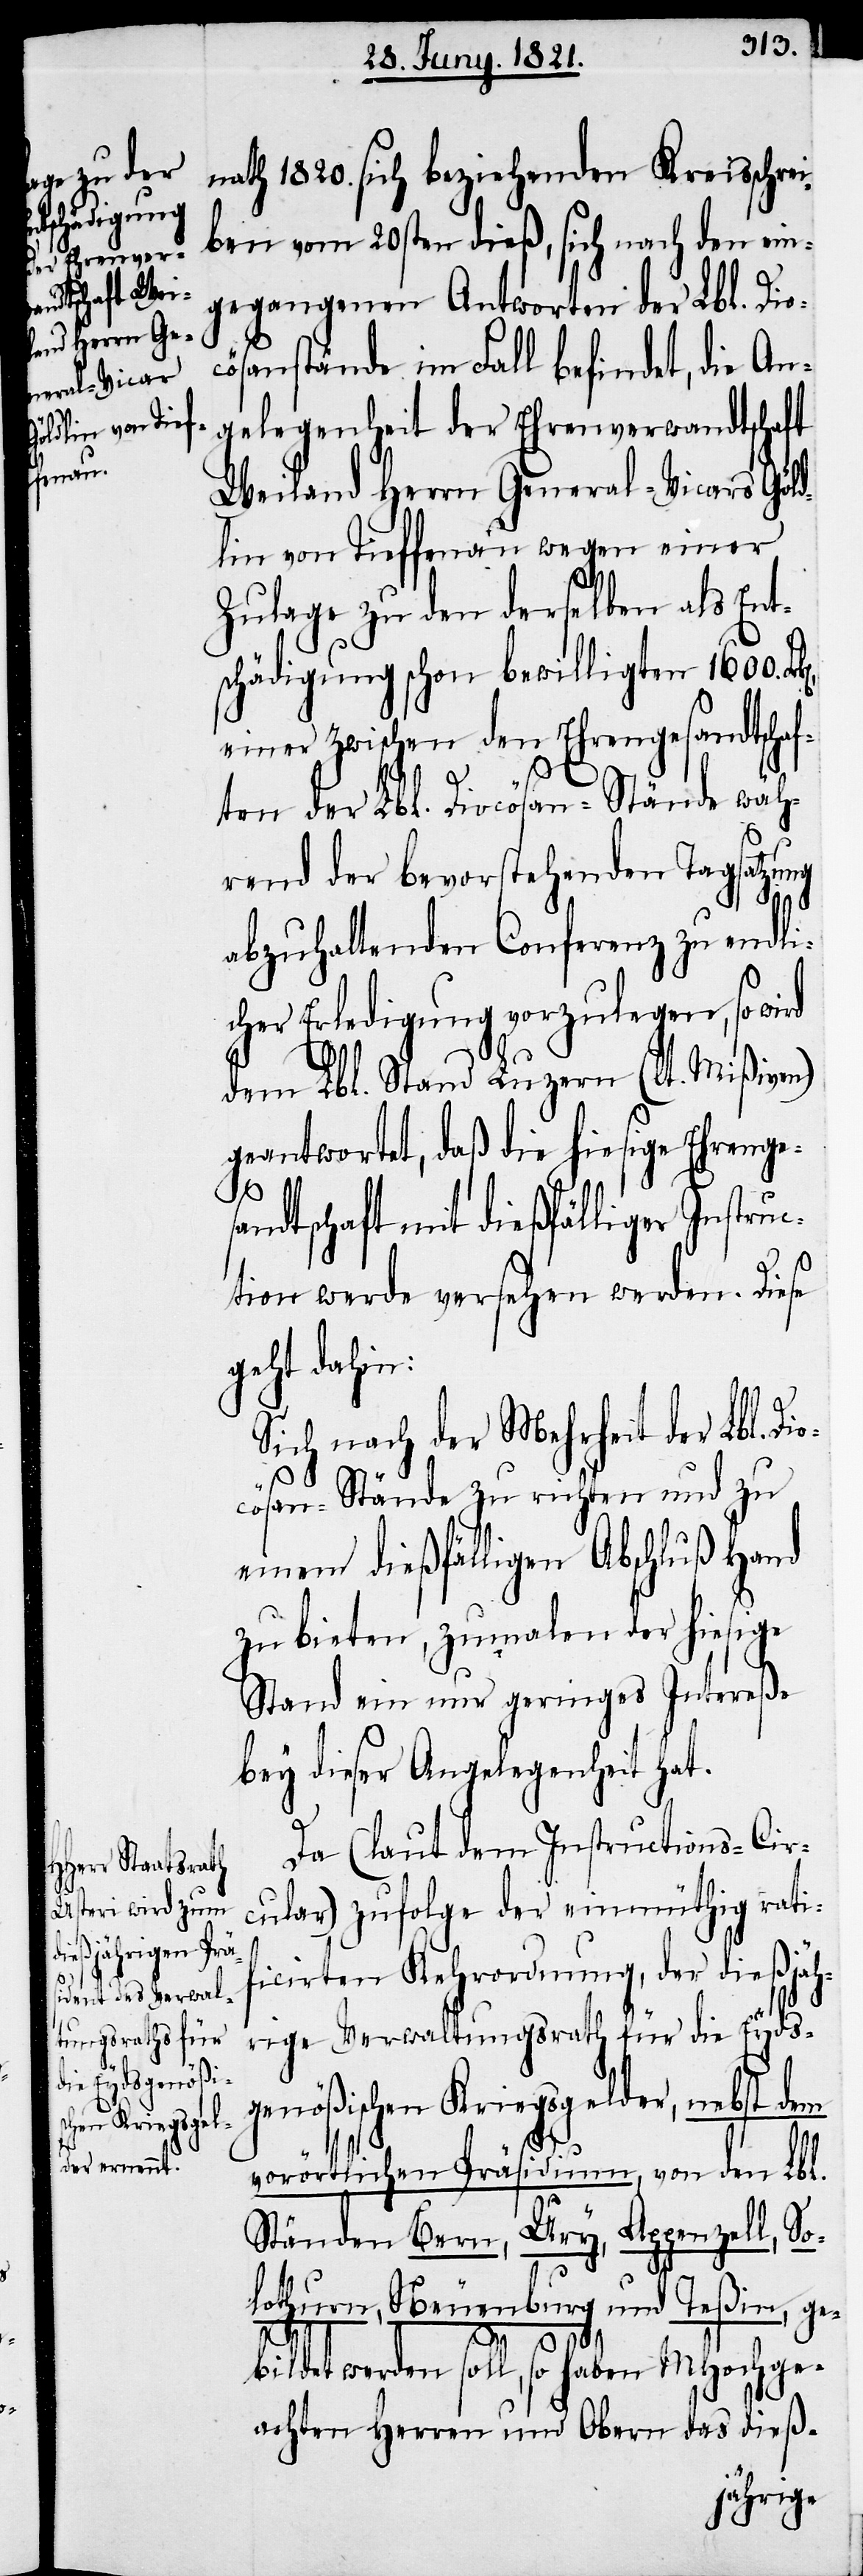
nath 1820. sich beziehenden Kreisschrei¬
ben vom 20sten dieß, sich nach den ein¬
gegangenen Antworten der Lbl. Dio¬
cösanstände im Fall befindet, die An¬
gelegenheit der Ehrenverwandtschaft
Weiland Herrn General-Vicars Göld¬
lin von Tieffenau wegen einer
Zulage zu den derselben als Ent¬
schädigung schon bewilligten 1600.
einer zwischen den Ehrengesandtschaf¬
ten der Lbl. Diocösan-Stände wäh¬
rend der bevorstehenden Tagsatzung
abzuhaltenden Conferenz zu endli¬
cher Erledigung vorzulegen, so wird
dem Lbl. Stand Luzern (lt. Mißiven)
geantwortet, daß die hiesige Ehrenges¬
andtschaft mit dießfälliger Instru¬
ction werde versehen werden. Diese
geht dahin:
Sich nach der Mehrheit der Lbl. Di¬
ocösan-Stände zu richten und zu
einem dießfälligen Abschluß Hand
zu bieten, zumalen der hiesige
Stand ein nur geringes Intereße
bey dieser Angelegenheit hat.
Da (laut dem Instructions-Circ¬
ular) zufolge der einmüthig ratif¬
icirten Kehrordnung, der dießjäh¬
rige Verwaltungsrath für die Eydsg¬
enößischen Kriegsgelder, nebst dem
vorörtlichen Präsidium, von den Lbl.
Ständen Bern, Ury, Appenzell, So¬
lothurn, Neuenburg und Teßin, ge¬
bildet werden soll, so haben MHochge¬
achten Herren und Obern das dieß-